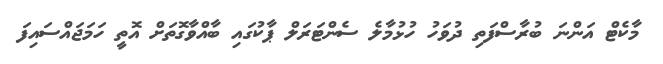
މާކެޓް އަންނަ ބުރާސްފަތި ދުވަހު ހުޅުމާލެ ސެންޓަރަލް ޕާކުގައި ބާއްވާގޮތަށް އޮތީ ހަމަޖައްސައިފަ